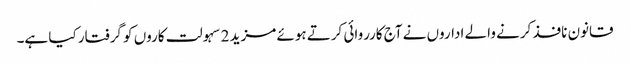
قانون نافذ کرنے والے اداروں نے آج کارروائی کرتے ہوئے مزید 2 سہولت کاروں کو گرفتار کیا ہے۔